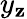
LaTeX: y_{\mathbf{z}}